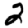
Digit: 2